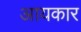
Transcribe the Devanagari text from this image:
आयकार